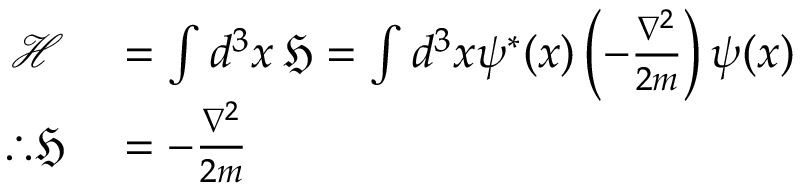
\begin{array} { r l } { { \mathcal { H } } } & { { } = \int d ^ { 3 } x \, { \mathfrak { H } } = \int d ^ { 3 } x \psi ^ { * } ( x ) \left( - { \frac { \nabla ^ { 2 } } { 2 m } } \right) \psi ( x ) } \\ { \therefore { \mathfrak { H } } } & { { } = - { \frac { \nabla ^ { 2 } } { 2 m } } } \end{array}